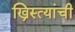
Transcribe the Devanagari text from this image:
ख्रिस्त्यांची